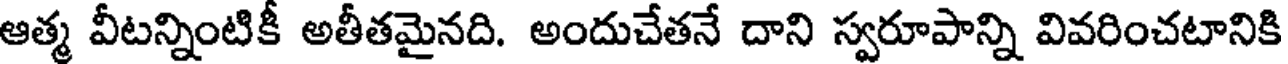
ఆత్మ వీటన్నింటికీ అతీతమైనది. అందుచేతనే దాని స్వరూపాన్ని వివరించటానికి